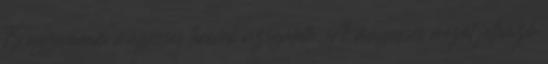
15 egyenáram mágneses terének vizsgálata. A mágneses mezőt jellemző